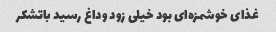
غذای خوشمزه‌ای بود خیلی زود وداغ رسید باتشکر